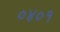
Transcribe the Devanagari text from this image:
०४०१